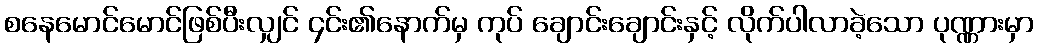
စနေမောင်မောင်ဖြစ်ပီးလျှင် ၄င်း၏နောက်မှ ကုပ် ချောင်းချောင်းနှင့် လိုက်ပါလာခဲ့သော ပုဏ္ဏားမှာ